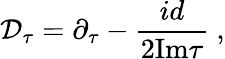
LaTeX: {\cal D}_{\tau}=\partial_{\tau}-{\frac{id}{2\mathrm{Im}\tau}}~,